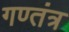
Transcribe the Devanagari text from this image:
गण्तंत्र